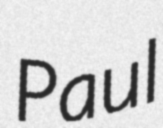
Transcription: Paul